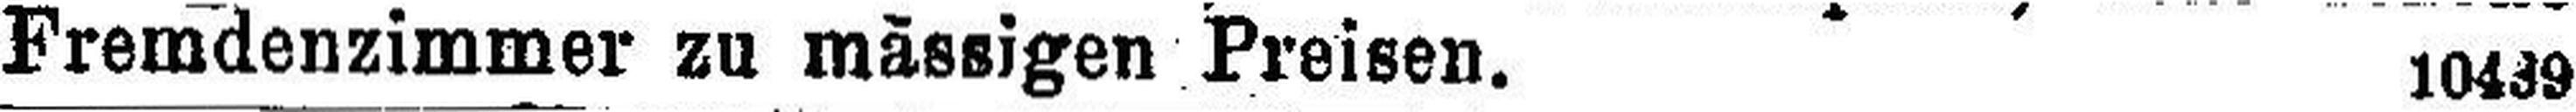
Fremdenzimmer zu mässigen Preisen. 10439